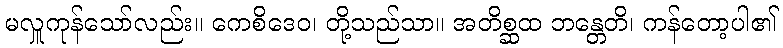
မလှူကုန်သော်လည်း။ ကေစိဒေဝ၊ တို့သည်သာ။ အတိစ္ဆထ ဘန္တေတိ၊ ကန်တော့ပါ၏